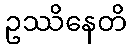
ဥဿိနေတိ